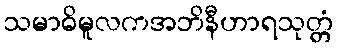
သမာဓိမူလကအဘိနီဟာရသုတ္တံ